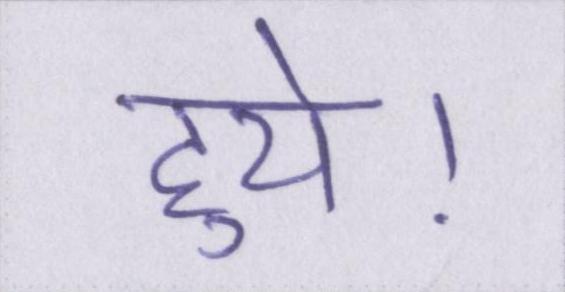
हुये।